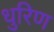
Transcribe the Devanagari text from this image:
धुरिण